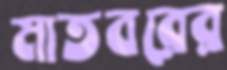
মাতবরের